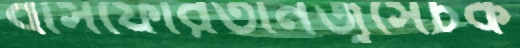
বাসফোরতানজুসেচক